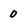
Character: 0